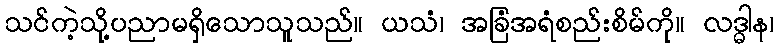
သင်ကဲ့သို့ပညာမရှိသောသူသည်။ ယသံ၊ အခြံအရံစည်းစိမ်ကို။ လဒ္ဓါန၊